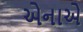
એનાએ